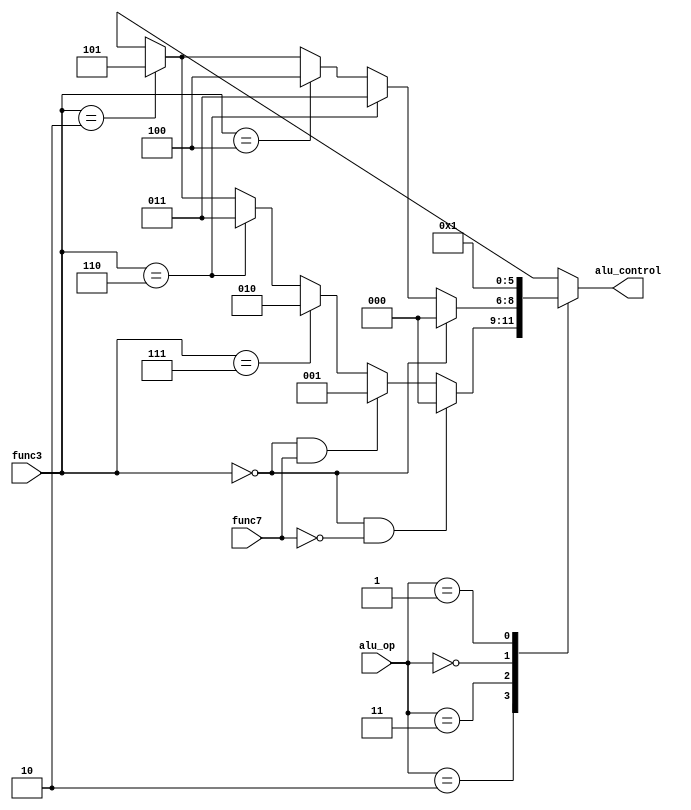
module Alu_controller(input [2:0] func3, input [1:0] alu_op, input func7,  output reg [2:0] alu_control);
parameter [1:0] R_T = 2'b10, I_T = 2'b11, S_T = 2'b00, B_T = 2'b01;
parameter [2:0] ADD = 3'b000, SUB = 3'b001, AND = 3'b010, OR = 3'b011, XOR =3'b100, SLT = 3'b101;
   always @(alu_op or func3 or func7)begin
        case (alu_op)
             R_T   : alu_control <= (func3 == 3'b000 & ~func7 ) ? ADD:
                                 (func3 == 3'b000 & func7 ) ? SUB:
                                 (func3 == 3'b111) ? AND:
                                 (func3 == 3'b110) ? OR:
                                 (func3 == 3'b010) ? SLT : 3'bxxx;
             I_T   : alu_control <= (func3 == 3'b000) ? ADD:
                                 (func3 == 3'b110) ? OR:
                                 (func3 == 3'b100) ? XOR:
                                 (func3 == 3'b010) ? SLT: 3'bxxx;
             S_T   : alu_control <= ADD;
             B_T   : alu_control <= SUB;
             default: alu_control <= ADD;
            
        endcase
    end

   
endmodule
//func7; //bit 30 instr